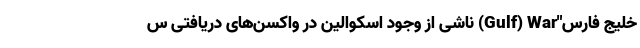
خلیج فارس"Gulf) War) ناشی از وجود اسکوالین در واکسن‌های دریافتی س